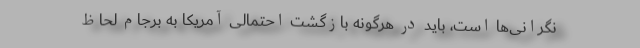
نگرانی‌ها است، باید در هرگونه بازگشت احتمالی آمریکا به برجام لحاظ